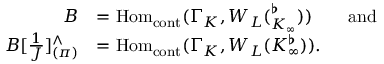
\begin{array} { r l } { B } & { = \mathrm { H o m } _ { \mathrm { c o n t } } ( \Gamma _ { K } , W _ { L } ( \O _ { K _ { \infty } } ^ { \flat } ) ) \quad \quad \mathrm { a n d } } \\ { B [ \frac { 1 } { J } ] _ { ( \pi ) } ^ { \wedge } } & { = \mathrm { H o m } _ { \mathrm { c o n t } } ( \Gamma _ { K } , W _ { L } ( K _ { \infty } ^ { \flat } ) ) . } \end{array}